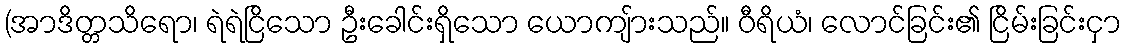
(အာဒိတ္တသိရော၊ ရဲရဲငြိသော ဦးခေါင်းရှိသော ယောကျ်ားသည်။ ဝီရိယံ၊ လောင်ခြင်း၏ ငြိမ်းခြင်းငှာ